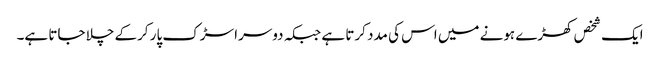
ایک شخص کھڑے ہونے میں اس کی مدد کرتا ہے جبکہ دوسرا سڑک پار کرکے چلا جاتا ہے۔